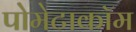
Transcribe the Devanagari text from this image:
पोमेटाकॉम